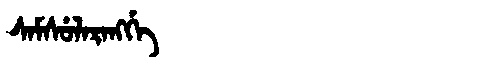
Manchu: ᠰᠠᠮᠰᡠᠯᠠᡵᠠᠩᡤᡝ
Romanization: SAMSULARANGGE